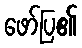
ဖော်ပြ၏